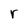
Character: r